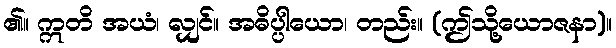
၏။ ဣတိ အယံ၊ လျှင်။ အဓိပ္ပါယော၊ တည်း။ (ဤသို့ယောဇနာ)။